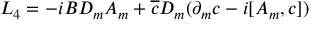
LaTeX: { \cal L } _ { 4 } = - i B D _ { m } A _ { m } + \overline { { c } } D _ { m } ( \partial _ { m } c - i [ A _ { m } , c ] )